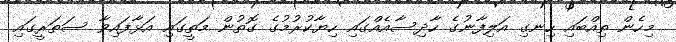
މިހެން ތިއްބައި ހިނގި އަލިފާނުގެ ހާދިސާއެއްގައި ހިޔާކުރުމުގެ ގޮތުން މަތީގައި އަޅާފައިވާ ސަތަރީގައި